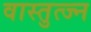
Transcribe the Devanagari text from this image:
वास्तुत्ज्न